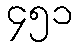
၄၅၁